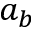
a _ { b }